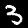
Label: 3